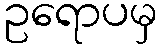
ဥရောပမှ